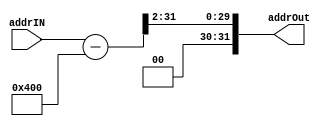
module CalcMemAddress(input[31:0] addrIN, output[31:0] addrOut);
	wire[31:0] tempOut;
	assign tempOut = addrIN - 1024;
	assign addrOut = {2'd0,tempOut[31:2]};
endmodule